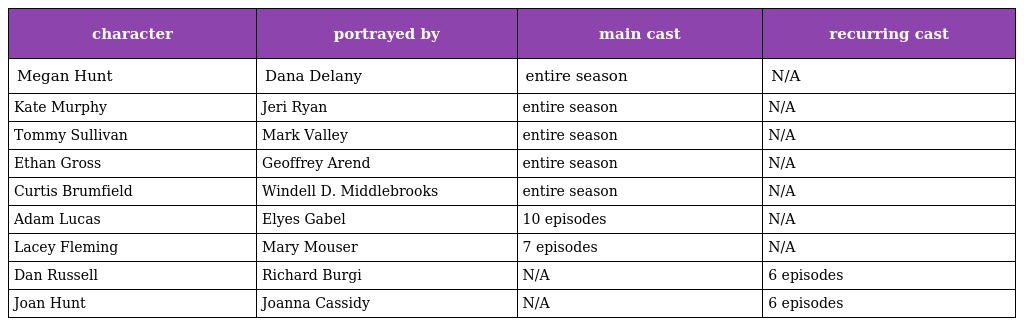
| character | portrayed by | main cast | recurring cast |
 | --- | --- | --- | --- |
 | Megan Hunt | Dana Delany | entire season | N/A |
 | Kate Murphy | Jeri Ryan | entire season | N/A |
 | Tommy Sullivan | Mark Valley | entire season | N/A |
 | Ethan Gross | Geoffrey Arend | entire season | N/A |
 | Curtis Brumfield | Windell D. Middlebrooks | entire season | N/A |
 | Adam Lucas | Elyes Gabel | 10 episodes | N/A |
 | Lacey Fleming | Mary Mouser | 7 episodes | N/A |
 | Dan Russell | Richard Burgi | N/A | 6 episodes |
 | Joan Hunt | Joanna Cassidy | N/A | 6 episodes |